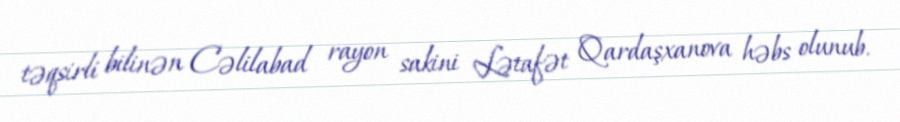
təqsirli bilinən Cəlilabad rayon sakini Lətafət Qardaşxanova həbs olunub.